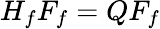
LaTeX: H_{f}F_{f}=QF_{f}